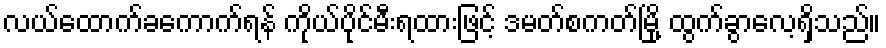
လယ်ထောက်ခကောက်ရန် ကိုယ်ပိုင်မီးရထားဖြင့် ဒမတ်စကတ်မြို့ ထွက်ခွာလေ့ရှိသည်။